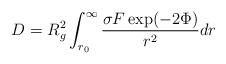
LaTeX: \begin{align*}D= R_g^2 \int_{r_0}^{\infty} \frac{\sigma F \exp(-2\Phi)}{r^2} dr\end{align*}